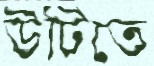
উটিতে